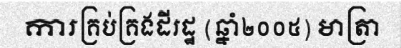
ការគ្រប់គ្រងដីរដ្ឋ (ឆ្នាំ២០០៥) មាត្រា